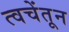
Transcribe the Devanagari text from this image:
त्वचेंतून